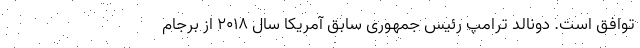
توافق است. دونالد ترامپ رئیس جمهوری سابق آمریکا سال ۲۰۱۸ از برجام